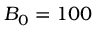
B _ { 0 } = 1 0 0